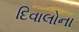
દિવાલોના